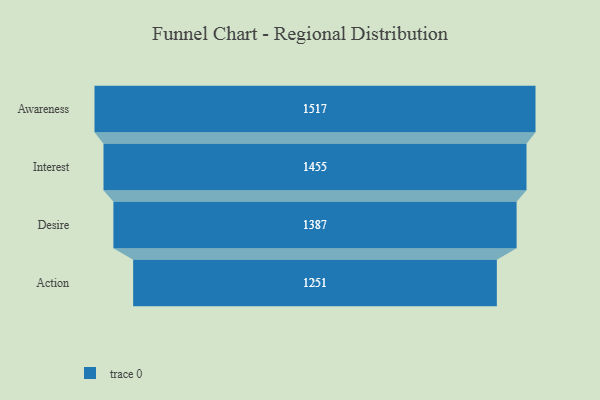
{"axis": {"x": "Stage", "y": "Value"}, "legend": [""], "data": [{"x": "Awareness", "y": 1517.0, "type": ""}, {"x": "Interest", "y": 1455.0, "type": ""}, {"x": "Desire", "y": 1387.0, "type": ""}, {"x": "Action", "y": 1251.0, "type": ""}]}